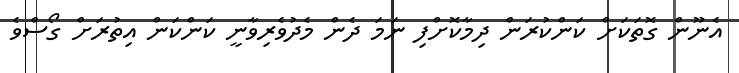
އެނޫން ގޮތަކަށް ކަންކުރަން ދިމާކޮށްފި ނަމަ ދެން މެދުވެރިވާނީ ކަންކަން އިތުރަށް ގޯސްވެ